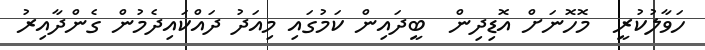
ހަވާލުކުރީ  މޮހޮނަށް އޮޑިދިން  ބީދައިން ކަމުގައި މިއަދު ދައްކައިދެމުން ގެންދާއިރު